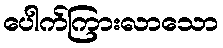
ပေါက်ကြားလာသော